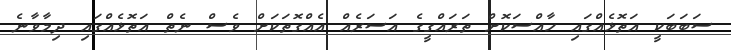
ސަބަބަކީ އަތޮޅެއްގައި ހާއްސަކޮށް ތަރައްގީގެ އަސަރެއް އެއްގޮތަކަށް ވެސް ނެތް އަތޮޅެއްގައި ދިމާވާނެ